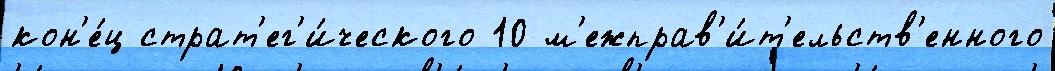
кон'е́ц страт'ег'и́ческого 10 м'ежправ'и́т'ельств'енного